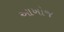
આખોજ